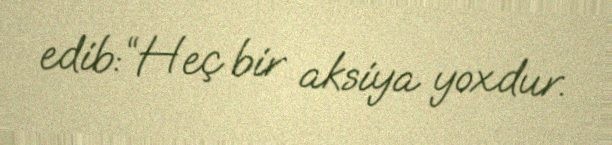
edib:“Heç bir aksiya yoxdur.